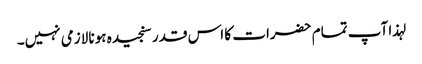
لہذا آپ تمام حضرات کا اس قدر سنجیدہ ہونا لازمی نہیں۔